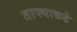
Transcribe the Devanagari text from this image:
ताफ्याकडे